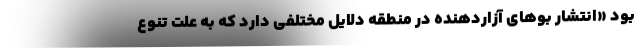
بود «انتشار بوهای آزاردهنده در منطقه دلایل مختلفی دارد که به علت تنوع